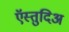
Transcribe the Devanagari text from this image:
ऍस्तुदिअ